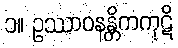
၁။ ဥဿာဝနန္တိကကုဋိ